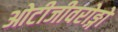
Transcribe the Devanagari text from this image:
ओटीजीवरोङ्गो